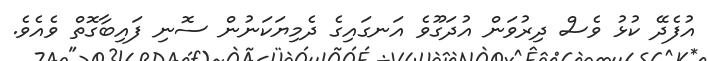
އުފެދޭ ކުޅު ވެސް ދިރުވަން އުދަގޫވެ އަނގައިގެ ދެމިޔަކަނުން ސޮނި ފައިބާގޮތް ވެއެވެ.